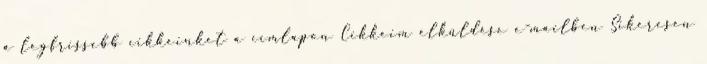
a legfrissebb cikkeinket a címlapon Cikkeim elküldése e-mailben Sikeresen